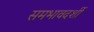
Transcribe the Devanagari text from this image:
समभावदर्शी